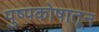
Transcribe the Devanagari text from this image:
पुष्पकोषातून